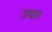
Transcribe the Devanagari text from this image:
उद्मय